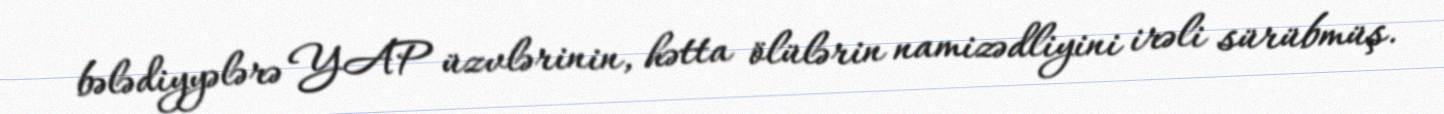
bələdiyyələrə YAP üzvlərinin, hətta ölülərin namizədliyini irəli sürübmüş.